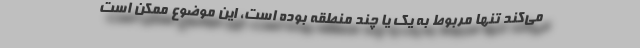
می‌کند تنها مربوط به یک یا چند منطقه بوده است، این موضوع ممکن است